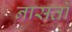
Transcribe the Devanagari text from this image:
नासतो